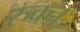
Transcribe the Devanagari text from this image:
रुक्न